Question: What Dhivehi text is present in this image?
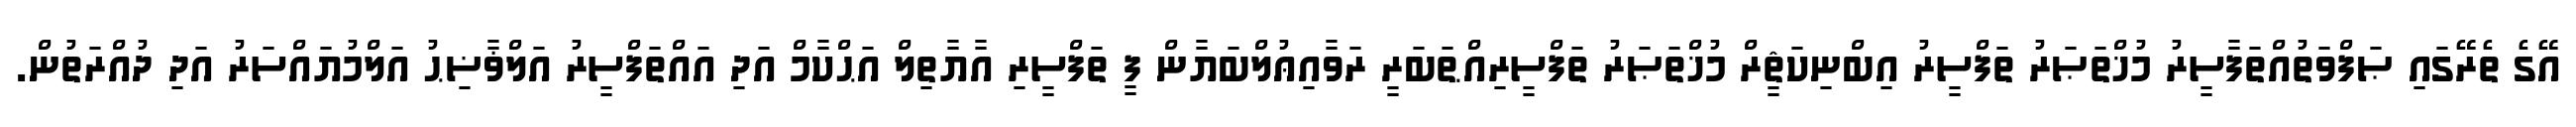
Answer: އޭގެ ތެރޭގައި ޞަފްވަތުއްތަފާސީރު މުޚްތަޞަރު ތަފްސީރު އިބްނިކަޘީރް މުޚްތަޞަރު ތަފްސީރިއްޠަބަރީ ރަވާއިޢުލްބަޔާން ފީ ތަފްސީރި އާޔާތިލް އަޙްކާމް އަދި އައްތަފްސީރު އަލްޥާޟިޙު އަލްމުޔައްސަރު އަދި ދުއްރަތުން.